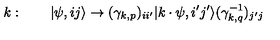
k : \quad \quad \vert \psi , i j \rangle \rightarrow ( \gamma _ { k , p } ) _ { i i ^ { \prime } } \vert k \cdot \psi , i ^ { \prime } j ^ { \prime } \rangle ( \gamma _ { k , q } ^ { - 1 } ) _ { j ^ { \prime } j }